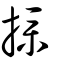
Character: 撲